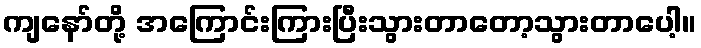
ကျနော်တို့ အကြောင်းကြားပြီးသွားတာတော့သွားတာပေါ့။